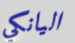
اليانكي